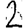
Digit: 2